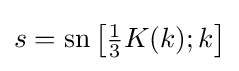
s=\operatorname {sn} \left[{\tfrac {1}{3}}K(k);k\right]